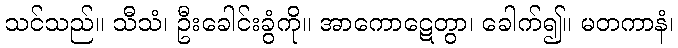
သင်သည်။ သီသံ၊ ဦးခေါင်းခွံကို။ အာကောဋေတွာ၊ ခေါက်၍။ မတကာနံ၊